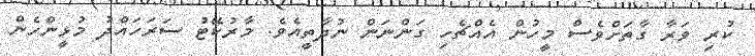
ކުރި ވަރާ ގާތަށްވެސް މީހުން އެއްޗެހި ގަންނަން ނުދާތީއެވެ. މާރުކޭޓު ސަރަހައްދު މުޅީންހެން